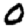
Digit: 0